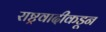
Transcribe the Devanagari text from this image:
राष्ट्रवादीकडून